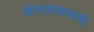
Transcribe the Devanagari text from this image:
बीनालाकवामी